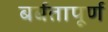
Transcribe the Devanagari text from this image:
बर्बतापूर्ण